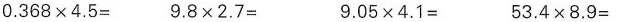
$$0 . 3 6 8 × 4 . 5 =$$ $$9 . 8 × 2 . 7 =$$ $$9 . 0 5 × 4 . 1 =$$ $$5 3 . 4 × 8 . 9 =$$